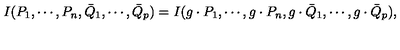
I ( P _ { 1 } , \cdots , P _ { n } , { \bar { Q } } _ { 1 } , \cdots , { \bar { Q } } _ { p } ) = I ( g \cdot P _ { 1 } , \cdots , g \cdot P _ { n } , g \cdot { \bar { Q } } _ { 1 } , \cdots , g \cdot { \bar { Q } } _ { p } ) ,